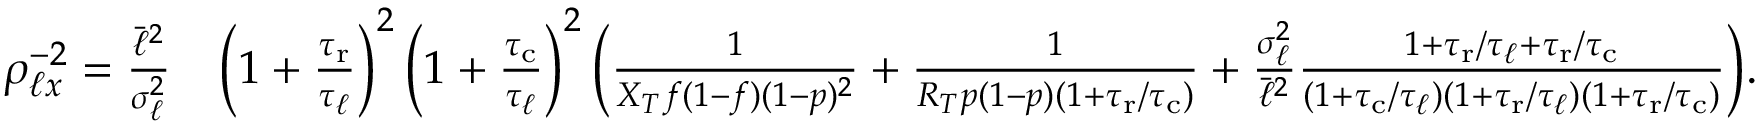
\begin{array} { r l } { \rho _ { \ell x } ^ { - 2 } = \frac { \bar { \ell } ^ { 2 } } { \sigma _ { \ell } ^ { 2 } } } & { \left( 1 + \frac { { \tau _ { \mathrm { r } } } } { \tau _ { \ell } } \right) ^ { 2 } \left( 1 + \frac { { \tau _ { \mathrm { c } } } } { \tau _ { \ell } } \right) ^ { 2 } \bigg ( \frac { 1 } { X _ { T } f ( 1 - f ) ( 1 - p ) ^ { 2 } } + \frac { 1 } { R _ { T } p ( 1 - p ) ( 1 + { \tau _ { \mathrm { r } } } / { \tau _ { \mathrm { c } } } ) } + \frac { \sigma _ { \ell } ^ { 2 } } { \bar { \ell } ^ { 2 } } \frac { 1 + { \tau _ { \mathrm { r } } } / \tau _ { \ell } + { \tau _ { \mathrm { r } } } / { \tau _ { \mathrm { c } } } } { ( 1 + { \tau _ { \mathrm { c } } } / \tau _ { \ell } ) ( 1 + { \tau _ { \mathrm { r } } } / \tau _ { \ell } ) ( 1 + { \tau _ { \mathrm { r } } } / { \tau _ { \mathrm { c } } } ) } \bigg ) . } \end{array}